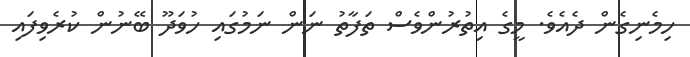
ހިމެނިގެން ދެއެވެ. މީގެ އިތުރުންވެސް ތަފާތު ނަން ނަމުގައި ހުވަދޫ ބޭނުން ކުރެވިފައި